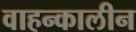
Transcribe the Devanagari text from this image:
वाहन्कालीन